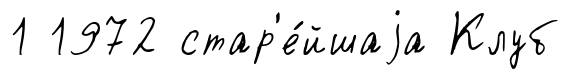
1 1972 стар'е́йшаjа Клуб